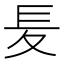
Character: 𡕣